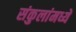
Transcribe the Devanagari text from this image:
संकुलांमध्ये